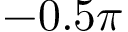
- 0 . 5 \pi